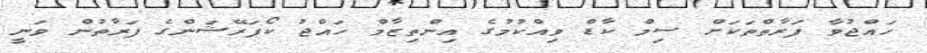
ހައްޖުވާ ފަރާތްތަކަށް ސިމް ކާޑް ވިއްކުމުގެ އިންތިޒާމް ހައްޖު ކޯޕަރޭޝަންގެ ފަރާތުން ވަނީ